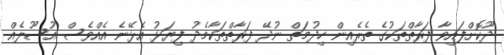
ދޫކޮށްފައިވާ ފަރާތްތަކުގެ ތެރެއިން ހިދުމަތް ނުދޭ ފަރާތްތަކާމެދު ފިޔަޅު އެޅޭނެ އެއްވެސް އުސޫލެއް